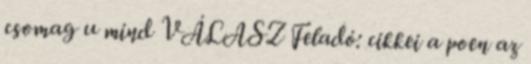
csomag u mind VÁLASZ Feladó: cikkei a poen az